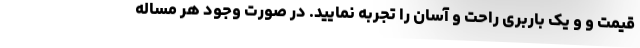
قیمت و و یک باربری راحت و آسان را تجربه نمایید. در صورت وجود هر مساله